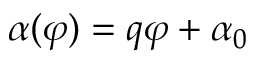
\alpha ( \varphi ) = q \varphi + \alpha _ { 0 }